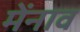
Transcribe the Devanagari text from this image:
मेंनाव